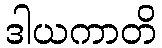
ဒါယကာတိ